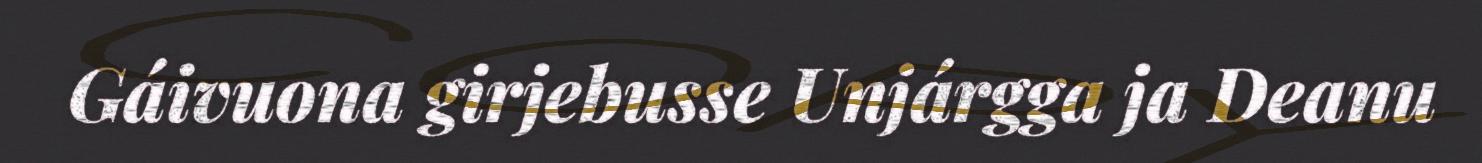
Gáivuona girjebusse Unjárgga ja Deanu